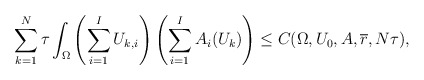
\begin{align*}\sum_{k=1}^{N} \tau \int_\Omega \left(\sum_{i=1}^I U_{k,i}\right)\left(\sum_{i=1}^I A_i(U_k)\right) &\leq C(\Omega,U_0,A, \overline{r}, N\tau),\end{align*}